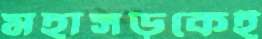
মহাসড়কেই